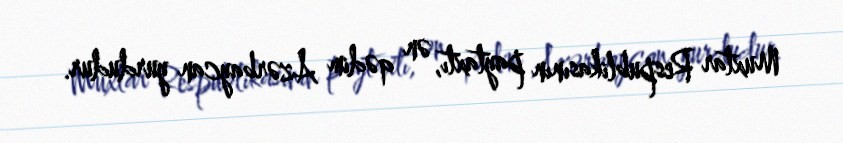
Muxtar Respublikasının paytaxtı, ən qədim Azərbaycan yurdudur.